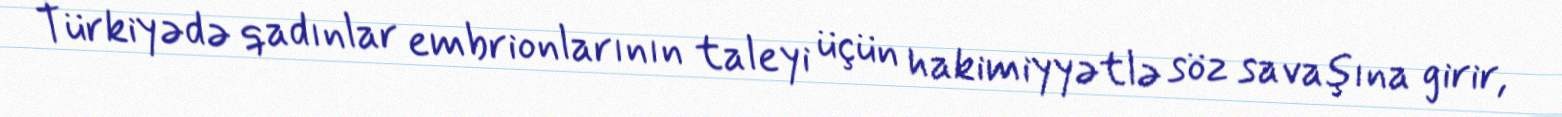
Türkiyədə qadınlar embrionlarının taleyi üçün hakimiyyətlə söz savaşına girir,